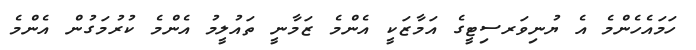
ހަމައެހެންމެ އެ ޔުނިވަރސިޓީގެ އަމާޒަކީ އެންމެ ޒަމާނީ ތައުލީމު އެންމެ ކުރުމަގުން އެންމެ